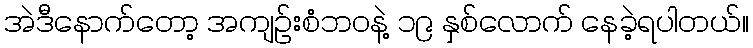
အဲဒီနောက်တော့ အကျဉ်းစံဘဝနဲ့ ၁၉ နှစ်လောက် နေခဲ့ရပါတယ်။